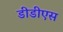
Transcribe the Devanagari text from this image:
डीडीएस